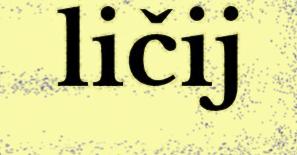
ličij